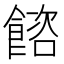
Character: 𩜴